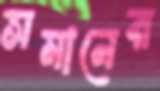
সমানের